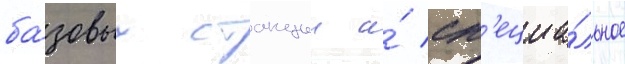
ба́зовых станции и́ сп'ециа́льное